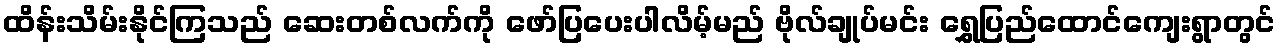
ထိန်းသိမ်းနိုင်ကြသည် ဆေးတစ်လက်ကို ဖော်ပြပေးပါလိမ့်မည် ဗိုလ်ချုပ်မင်း ရွှေပြည်ထောင်ကျေးရွာတွင်